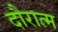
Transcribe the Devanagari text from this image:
दौरात्म